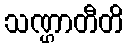
သဏ္ဌာတီတိ